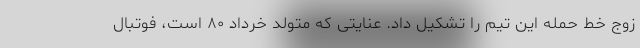
زوج خط حمله این تیم را تشکیل داد. عنایتی که متولد خرداد ۸۰ است، فوتبال